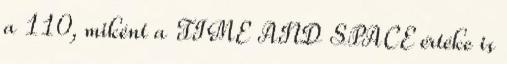
a 110, miként a TIME AND SPACE értéke is